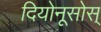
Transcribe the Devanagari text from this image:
दियोनूसोस्